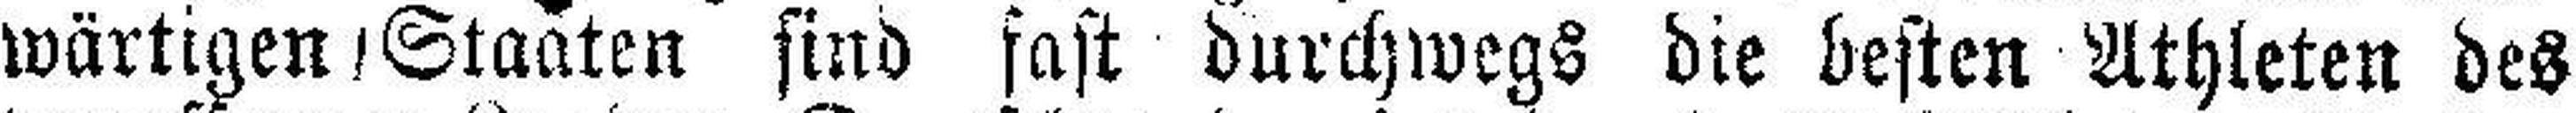
wärtigen Staaten sind fast durchwegs die besten Athleten des